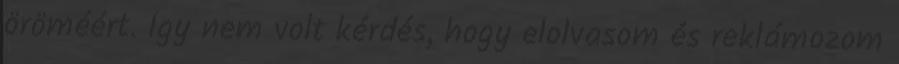
öröméért. Így nem volt kérdés, hogy elolvasom és reklámozom